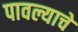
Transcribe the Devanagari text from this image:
पावल्याचे